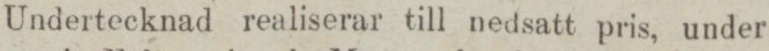
Undertecknad realiserar till nedsatt pris, under